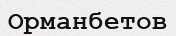
Орманбетов